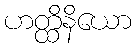
ဟတ္ထိနိယော